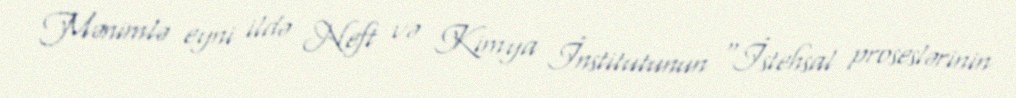
Mənimlə eyni ildə Neft və Kimya İnstitutunun “İstehsal proseslərinin